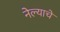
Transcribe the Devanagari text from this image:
नेल्याचे